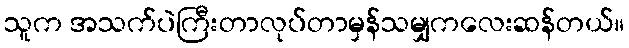
သူက အသက်ပဲကြီးတာလုပ်တာမှန်သမျှကလေးဆန်တယ်။